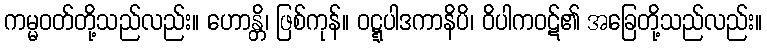
ကမ္မဝတ်တို့သည်လည်း။ ဟောန္တိ၊ ဖြစ်ကုန်။ ဝဋ္ဋပါဒကာနိပိ၊ ဝိပါကဝဋ်၏ အခြေတို့သည်လည်း။